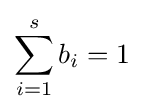
\sum _{i=1}^{s}b_{i}=1